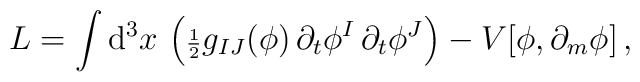
L=  \int {\rm d}^3 x \,\left({\scriptstyle{1\over 2}} g_{IJ}(\phi)\,\partial_t\phi^I\,\partial_t\phi^J  \right) - V[\phi, \partial_m\phi] \,,